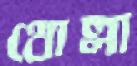
থোল্লা